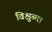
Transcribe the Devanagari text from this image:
विक्षुब्मा